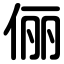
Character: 俪